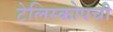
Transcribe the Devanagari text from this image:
टेलिस्कोपची